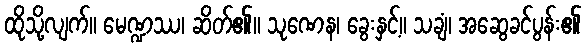
ထိုသို့လျက်။ မေဏ္ဍဿ၊ ဆိတ်၏။ သုဏေန၊ ခွေးနှင့်။ သချံ၊ အဆွေခင်ပွန်း၏